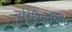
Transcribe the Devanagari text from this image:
नोरेपिनेफ्रिन